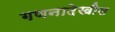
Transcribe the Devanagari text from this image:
गणनादेखील